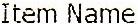
ITEM NAME